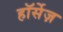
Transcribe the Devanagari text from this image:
हॉर्सेज़